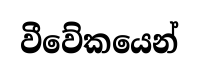
වීවේකයෙන්